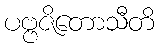
ပဗ္ဗဇိတောသီတိ